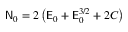
\mathsf { N } _ { 0 } = 2 \left( \mathsf { E } _ { 0 } + \mathsf { E } _ { 0 } ^ { 3 / 2 } + 2 C \right)